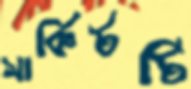
সার্কিটটি